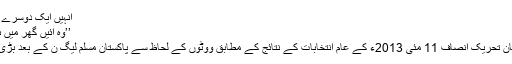
انہیں ایک دوسرے سے یہ نہیں کہنا پڑتا کہ ع
’’وہ آئیں گھر میں ہمارے، خُدا کی قُدرت ہے‘‘
جناب عمران خان کی پاکستان تحریکِ انصاف 11 مئی 2013ء کے عام انتخابات کے نتائج کے مطابق ووٹوں کے لحاظ سے پاکستان مسلم لیگ ن کے بعد بڑی جماعت بن کر اُبھری تھی۔